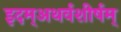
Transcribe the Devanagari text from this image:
इदम्‌अथर्वशीर्षम्‌